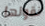
نقولها